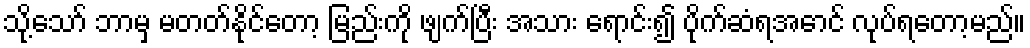
သို့သော် ဘာမှ မတတ်နိုင်တော့ မြည်းကို ဖျက်ပြီး အသား ရောင်း၍ ပိုက်ဆံရအောင် လုပ်ရတော့မည်။